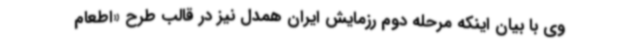
وی با بیان اینکه مرحله دوم رزمایش ایران همدل نیز در قالب طرح «اطعام